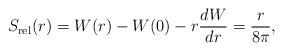
LaTeX: \begin{align*}S_{\rm rel}(r) = W(r) - W(0) - r{dW\over dr} = \frac{r}{8\pi}, \end{align*}